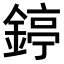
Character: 𨪃